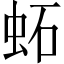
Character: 䖨